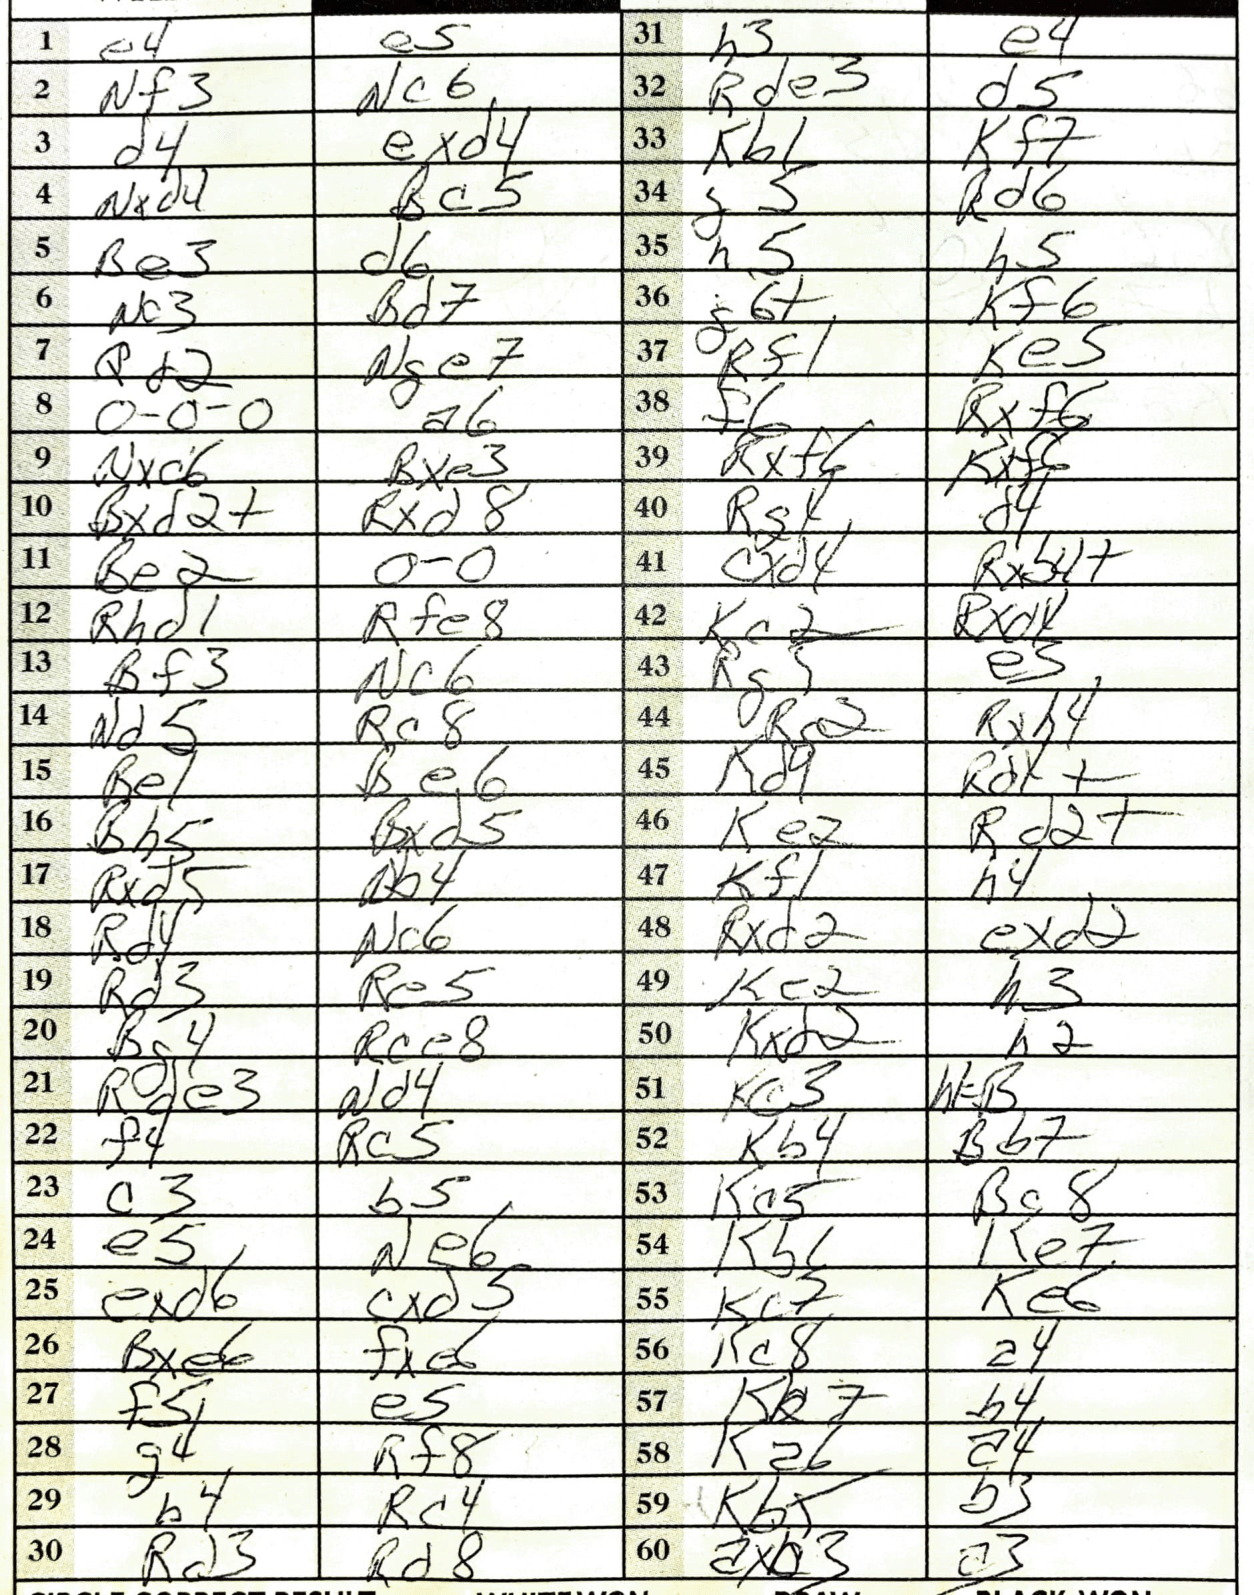
Moves: e4 e5 Nf3 Nc6 d4 exd4 Nxd4 Bc5 Be3 d6 Nc3 Bd7 Qd2 Nge7 O-O-O a6 Nxc6 Bxe3 Bxd2+ Rxd8 Be2 O-O Rhd1 Rfe8 Bf3 Nc6 Nd5 Rc8 Re1 Be6 Bh5 Bxd5 Rxd5 Nb4 Rd4 Nc6 Rd3 Re5 Bg4 Rce8 Rde3 Nd4 f4 Rc5 c3 b5 e5 Ne6 exd6 cxd3 Bxe6 fxe6 f5 e5 g4 Rf8 b4 Rc4 Rd3 Rd8 h3 e4 Rde3 d5 Kb1 Kf7 g5 Rd6 h5 h5 g6+ Kf6 Rf1 Ke5 f6 Rxf6 Rxf6 Kxf6 Rg4 d4 cxd4 Rxb4+ Kc2 Rxd4 Rg5 e5 Rc2 Rxh4 Kd4 Rdx+ Ke2 Rd2+ Kf1 h4 Rxd2 exd2 Ke2 h3 Kxd2 h2 Kc3 h1=B Kb4 Bb7 Kc5 Bc8 Kb6 Ke7 Kc7 Ke6 Kc8 a4 h4 Ka6 a4 Kb5 b3 axb3 a3